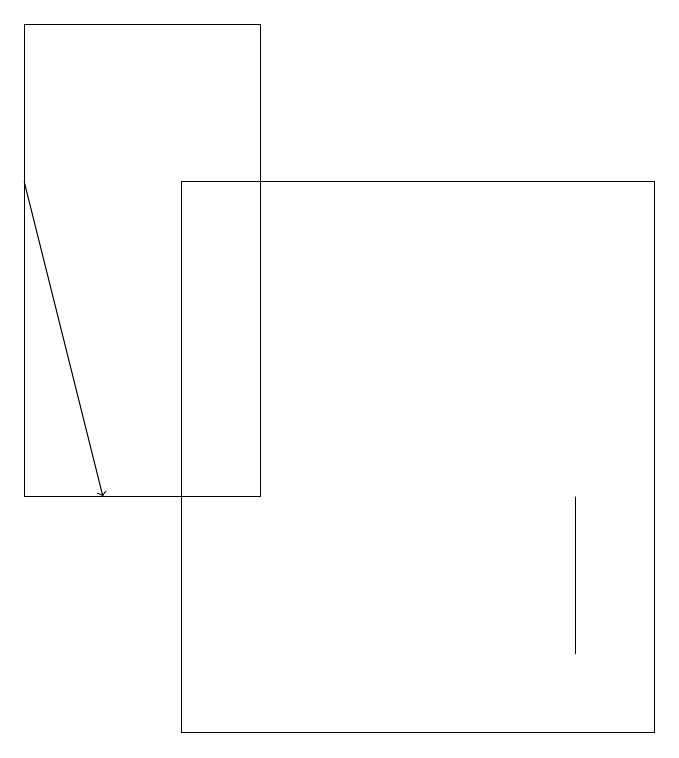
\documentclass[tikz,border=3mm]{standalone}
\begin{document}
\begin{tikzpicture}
\draw (8,17) rectangle (2,10);
\draw[->] (0,17) -- (1,13);
\draw (0,19) rectangle (3,13);
\draw (7,11) rectangle (7,13);
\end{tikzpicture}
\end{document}